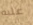
علبه